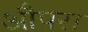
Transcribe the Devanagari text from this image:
औपरा